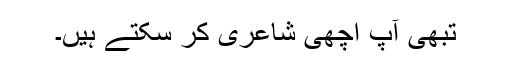
تبھی آپ اچھی شاعری کر سکتے ہیں۔